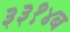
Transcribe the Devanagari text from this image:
३३१४ब